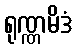
ရုဏ္ဏမိဒံ